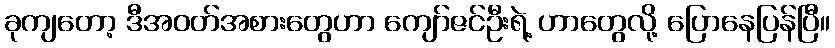
ခုကျတော့ ဒီအဝတ်အစားတွေဟာ ကျော်ဇင်ဦးရဲ့ ဟာတွေလို့ ပြောနေပြန်ပြီ။